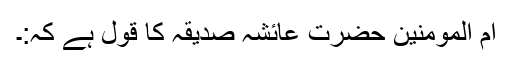
ام المومنین حضرت عائشہ صدیقہؓ کا قول ہے کہ:۔